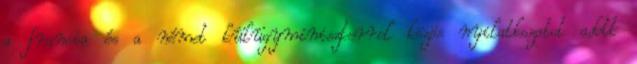
a francia és a német külügyminiszterrel közös nyilatkozatot adott